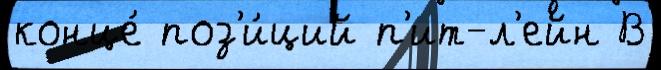
конце́ поз'и́ций п'ит-л'ейн В